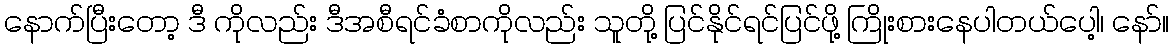
နောက်ပြီးတော့ ဒီ ကိုလည်း ဒီအစီရင်ခံစာကိုလည်း သူတို့ ပြင်နိုင်ရင်ပြင်ဖို့ ကြိုးစားနေပါတယ်ပေါ့၊ နော်။